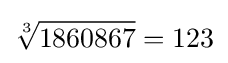
{\sqrt[{3}]{1860867}}=123